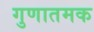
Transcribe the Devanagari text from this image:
गुणातमक